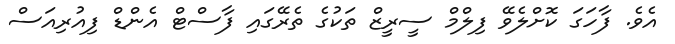
އެވެ. ފާހަގަ ކޮށްލެވޭ ފިލްމް ސީރީޒް ތަކުގެ ތެރޭގައި ފާސްޓް އެންޑް ފިއުރިއަސް